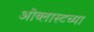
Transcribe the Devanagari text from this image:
ओब्लास्टच्या